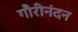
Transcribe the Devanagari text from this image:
गौरीनंदन